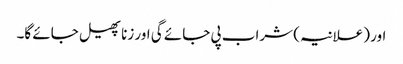
اور (علانیہ) شراب پی جائے گی اور زنا پھیل جائے گا۔